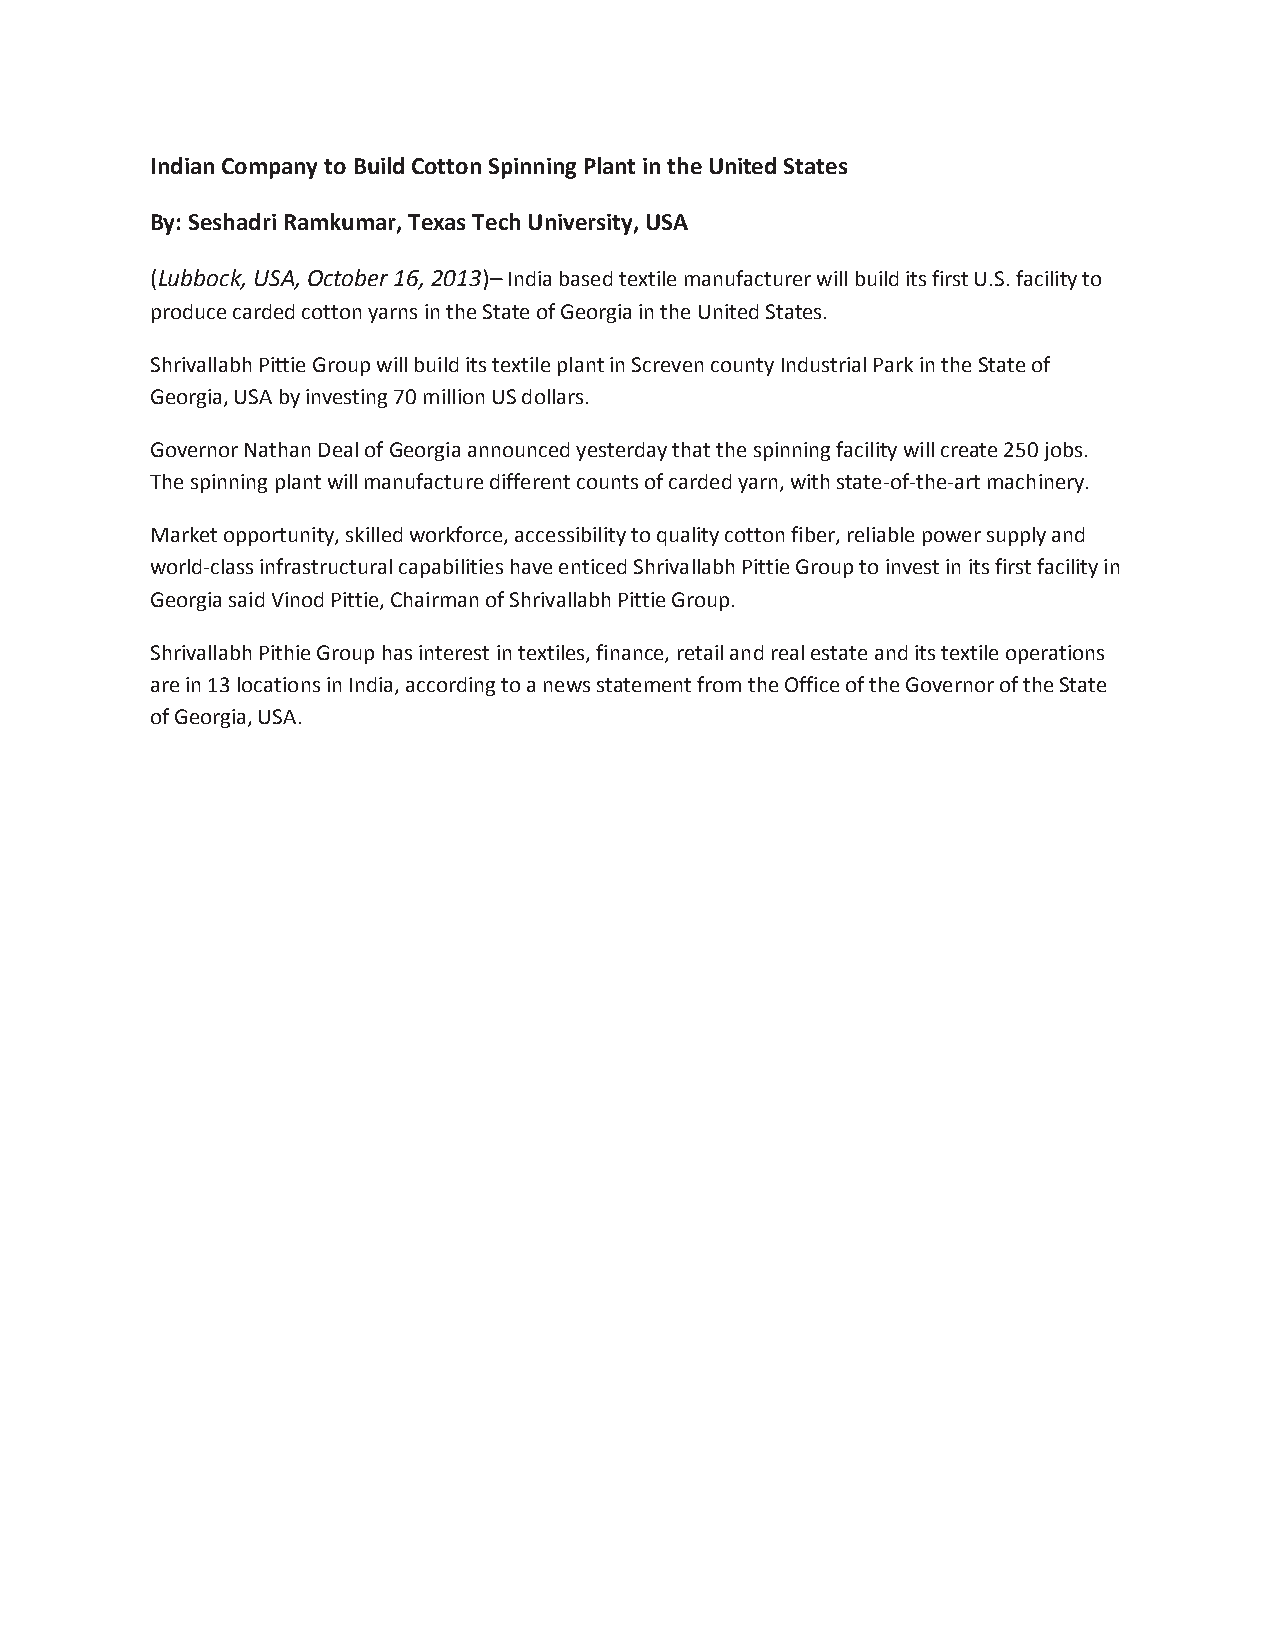
Indian Company to Build Cotton Spinning Plant in the United States
 By: Seshadri Ramkumar, Texas Tech University, USA
 (Lubbock, USA, October 16, 2013)– India based textile manufacturer will build its first U.S. facility to
 produce carded cotton yarns in the State of Georgia in the United States.
 Shrivallabh Pittie Group will build its textile plant in Screven county Industrial Park in the State of
 Georgia, USA by investing 70 million US dollars.
 Governor Nathan Deal of Georgia announced yesterday that the spinning facility will create 250 jobs.
 The spinning plant will manufacture different counts of carded yarn, with state-of-the-art machinery.
 Market opportunity, skilled workforce, accessibility to quality cotton fiber, reliable power supply and
 world-class infrastructural capabilities have enticed Shrivallabh Pittie Group to invest in its first facility in
 Georgia said Vinod Pittie, Chairman of Shrivallabh Pittie Group.
 Shrivallabh Pithie Group has interest in textiles, finance, retail and real estate and its textile operations
 are in 13 locations in India, according to a news statement from the Office of the Governor of the State
 of Georgia, USA.